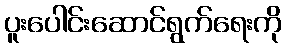
ပူးပေါင်းဆောင်ရွက်ရေးကို